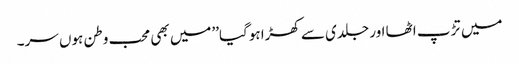
میں تڑپ اٹھا اور جلدی سے کھڑا ہوگیا’’میں بھی محب وطن ہوں سر۔